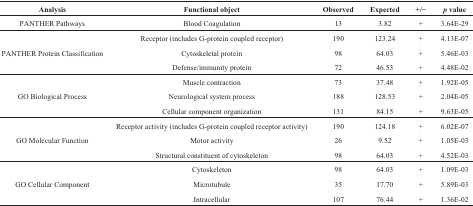
<table><thead><tr><td><b>Analysis</b></td><td><b>Functional object</b></td><td><b>Observed</b></td><td><b>Expected</b></td><td><b>+/−</b></td><td><b><i>p</i> value</b></td></tr></thead><tbody><tr><td>PANTHER Pathways</td><td>Blood Coagulation</td><td>13</td><td>3.82</td><td>+</td><td>3.64E-29</td></tr><tr><td rowspan="3">PANTHER Protein Classification</td><td>Receptor (includes G-protein coupled receptor)</td><td>190</td><td>123.24</td><td>+</td><td>4.13E-07</td></tr><tr><td>Cytoskeletal protein</td><td>98</td><td>64.03</td><td>+</td><td>5.46E-03</td></tr><tr><td>Defense/immunity protein</td><td>72</td><td>46.53</td><td>+</td><td>4.48E-02</td></tr><tr><td rowspan="3">GO Biological Process</td><td>Muscle contraction</td><td>73</td><td>37.48</td><td>+</td><td>1.92E-05</td></tr><tr><td>Neurological system process</td><td>188</td><td>128.53</td><td>+</td><td>2.04E-05</td></tr><tr><td>Cellular component organization</td><td>131</td><td>84.15</td><td>+</td><td>9.63E-05</td></tr><tr><td rowspan="3">GO Molecular Function</td><td>Receptor activity (includes G-protein coupled receptor activity)</td><td>190</td><td>124.18</td><td>+</td><td>6.02E-07</td></tr><tr><td>Motor activity</td><td>26</td><td>9.52</td><td>+</td><td>1.05E-03</td></tr><tr><td>Structural constituent of cytoskeleton</td><td>98</td><td>64.03</td><td>+</td><td>4.52E-03</td></tr><tr><td rowspan="3">GO Cellular Component</td><td>Cytoskeleton</td><td>98</td><td>64.03</td><td>+</td><td>1.09E-03</td></tr><tr><td>Microtubule</td><td>35</td><td>17.70</td><td>+</td><td>5.89E-03</td></tr><tr><td>Intracellular</td><td>107</td><td>76.44</td><td>+</td><td>1.36E-02</td></tr></tbody></table>